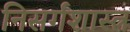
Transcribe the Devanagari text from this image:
निसर्गशास्त्र